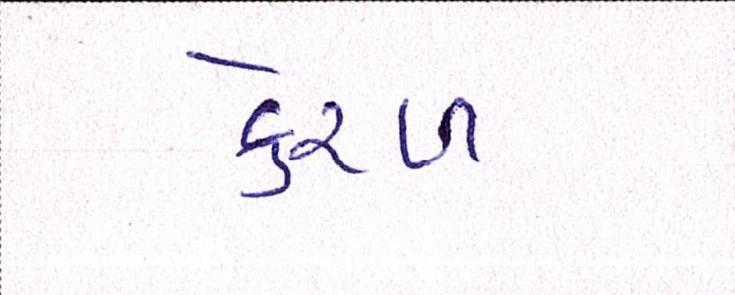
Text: કેરળ